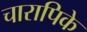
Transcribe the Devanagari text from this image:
चारापिके